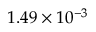
1 . 4 9 \times 1 0 ^ { - 3 }